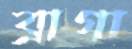
ব্রাগা